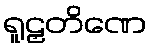
ရူဠှတိဏေ